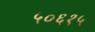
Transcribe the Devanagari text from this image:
५०६१५